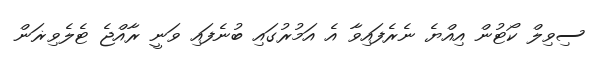
ސިވިލް ކޯޓުން އިއްޔެ ނެރެފައިވާ އެ އަމުރުގައި ބުނެފައި ވަނީ ރާއްޖެ ޓެލެވިޜަން